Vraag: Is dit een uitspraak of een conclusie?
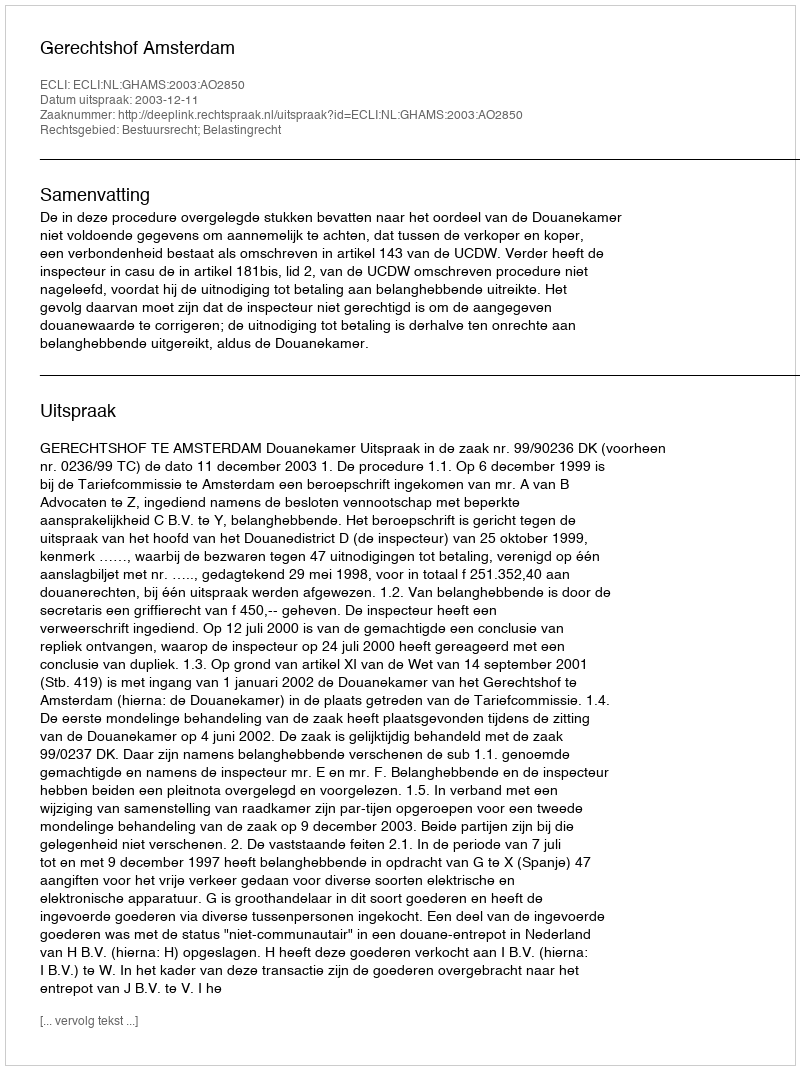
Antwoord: Uitspraak